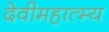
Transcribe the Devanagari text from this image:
देवीमहात्म्य